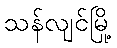
သန်လျင်မြို့